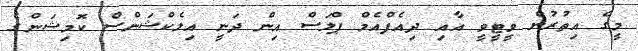
މީގެ އިތުރުން ވީޓީވީ އާއި ދިއެފްއެމް ޕްލަސް އިން ދަނީ އިލެކްޝަންސް ކޮމިޝަންގެ